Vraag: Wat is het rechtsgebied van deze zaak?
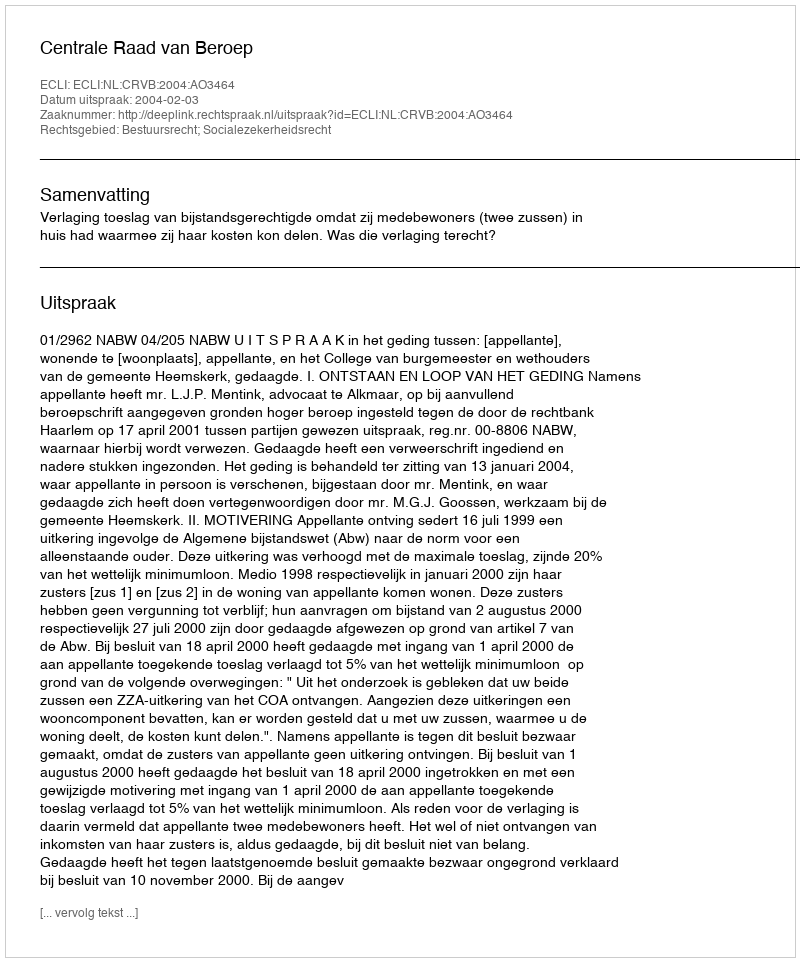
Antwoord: Bestuursrecht; Socialezekerheidsrecht